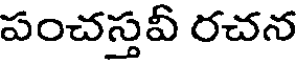
పంచస్తవీ రచన